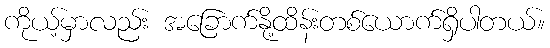
ကိုယ့်မှာလည်း အခြောက်နို့ထိန်းတစ်ယောက်ရှိပါတယ်။